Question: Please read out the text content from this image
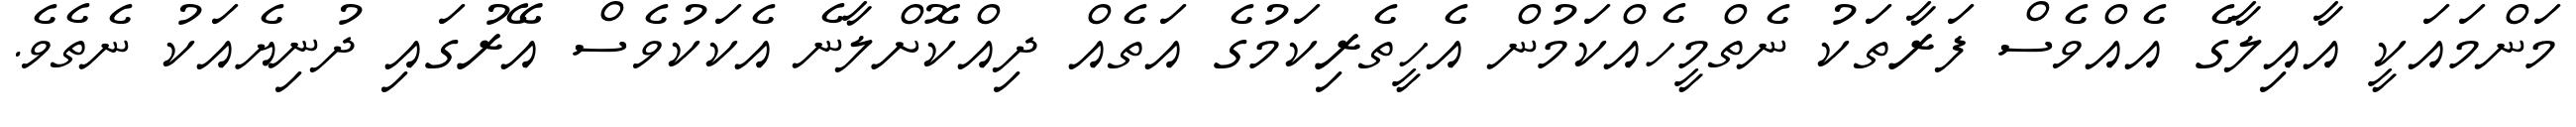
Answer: މަންމައަކީ އާއިލާގެ އެއްވެސް ފަރާތަކު ނެތްމީހެއްކަމުން އެހީތެރިކަމުގެ އަތެއް ދިއްކޮށްލާނެ އެކަކުވެސް އޭރުގައި ދުނިޔެއަކު ނެތެވެ.